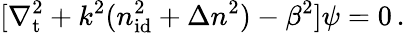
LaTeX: [\nabla_{\mathrm{t}}^{2}+k^{2}(n_{\mathrm{id}}^{2}+\Delta n^{2})-\beta^{2}]\psi=0\, .